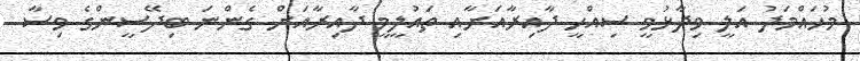
މުހައްމަދު އަލީ ވިދާޅުވީ ސިއްހީ ދާއިރާއަށާއި ތައުލީމީ ދާއިރާއަށް ގެންނަ ބިދޭސީންގެ ވިސާ